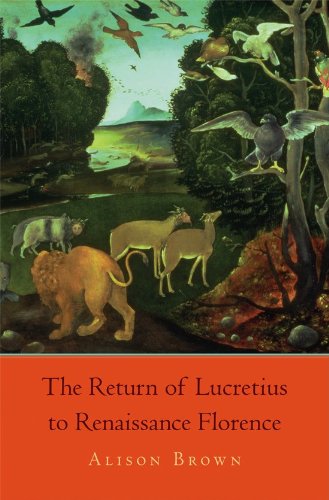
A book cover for The Return of Lucretius to Renaissance Florence (I Tatti Studies in Italian Renaissance History); Alison Brown; Politics & Social Sciences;